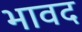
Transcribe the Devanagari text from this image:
भावद